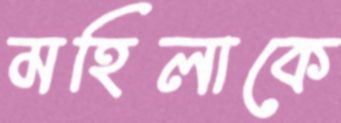
মহিলাকে